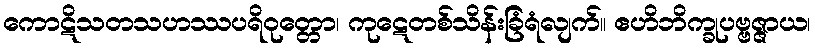
ကောဋိသတသဟဿပရိဝုတ္တော၊ ကုဋေတစ်သိန်းခြံရံလျက်။ ဧဟိဘိက္ခုပဗ္ဗဇ္ဇာယ၊